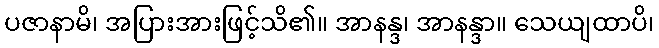
ပဇာနာမိ၊ အပြားအားဖြင့်သိ၏။ အာနန္ဒ၊ အာနန္ဒာ။ သေယျထာပိ၊